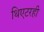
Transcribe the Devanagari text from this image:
थिएटरही